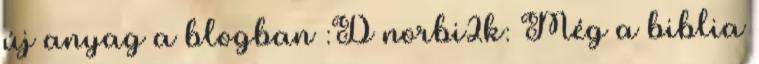
új anyag a blogban :D norbi2k: Még a biblia